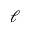
\boldsymbol { \ell }